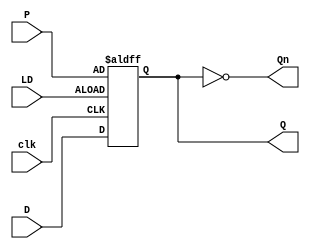
`timescale  1ns / 1ps

module dff (
    input clk,
    input LD,

    input P,
    input D,
    output reg Q,
    output Qn
);

    always @(posedge clk or posedge LD) begin
        if (LD) begin
            Q <= P;
        end else begin
            Q <= D;
        end
    end
    
    assign Qn = ~Q;
    
endmodule